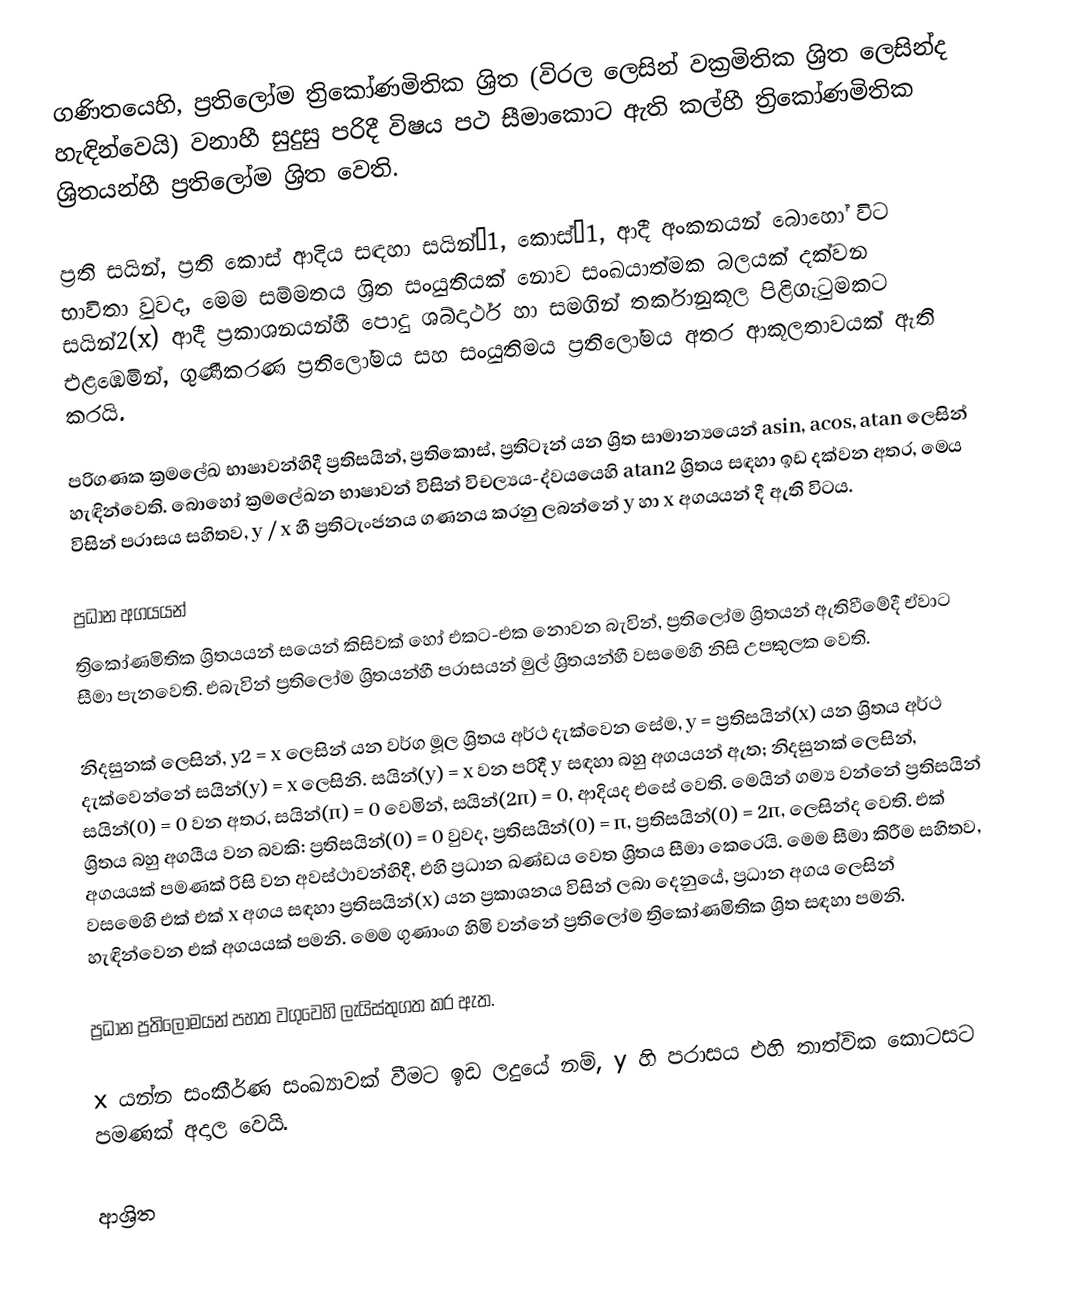
ගණිතයෙහි, ප්‍රතිලෝම ත්‍රිකෝණමිතික ශ්‍රිත (විරල ලෙසින් වක්‍රමිතික ශ්‍රිත  ලෙසින්ද හැඳින්වෙයි) වනාහී සුදුසු පරිදී විෂය පථ සීමාකොට ඇති කල්හී ත්‍රිකෝණමිතික ශ්‍රිතයන්හී ප්‍රතිලෝම ශ්‍රිත වෙති.

ප්‍රති සයින්, ප්‍රති කොස් ආදිය සඳහා සයින්−1, කොස්−1,  ආදී අංකනයන් බොහෝ විට භාවිතා වුවද, මෙම සම්මතය  ශ්‍රිත සංයුතියක් නොව සංඛයාත්මක බලයක් දක්වන සයින්2(x) ආදී ප්‍රකාශනයන්හී පොදු ශබ්දාර්ථ හා සමගින් තර්කානුකූල පිළිගැටුමකට එළඹෙමින්, ගුණීකරණ ප්‍රතිලෝමය සහ  සංයුතිමය  ප්‍රතිලෝමය අතර ආකූලතාවයක් ඇති කරයි.

පරිගණක ක්‍රමලේඛ භාෂාවන්හිදී ප්‍රතිසයින්, ප්‍රතිකොස්, ප්‍රතිටෑන් යන ශ්‍රිත සාමාන්‍යයෙන්  asin, acos, atan ලෙසින් හැඳින්වෙති.  බොහෝ ක්‍රමලේඛන භාෂාවන් විසින්  විචල්‍යය-ද්වයයෙහි  atan2 ශ්‍රිතය සඳහා ඉඩ දක්වන අතර, මෙය විසින්  පරාසය සහිතව,  y / x හී ප්‍රතිටැංජනය ගණනය කරනු ලබන්නේ y හා x අගයයන් දී ඇති විටය.

ප්‍රධාන අගයයන්
ත්‍රිකෝණමිතික ශ්‍රිතයයන් සයෙන් කිසිවක් හෝ එකට-එක නොවන බැවින්, ප්‍රතිලෝම ශ්‍රිතයන් ඇතිවීමේදී ඒවාට සීමා පැනවෙති. එබැවින් ප්‍රතිලෝම ශ්‍රිතයන්හී  පරාසයන් මුල් ශ්‍රිතයන්හී වසමෙහි නිසි  උපකුලක වෙති.

නිදසුනක් ලෙසින්, y2 = x ලෙසින්  යන  වර්ග මූල ශ්‍රිතය අර්ථ දැක්වෙන සේම, y = ප්‍රතිසයින්(x) යන ශ්‍රිතය අර්ථ දැක්වෙන්නේ සයින්(y) = x ලෙසිනි. සයින්(y) = x වන පරිදී y සඳහා බහු අගයයන් ඇත; නිදසුනක් ලෙසින්, සයින්(0) = 0 වන අතර, සයින්(π) = 0 වෙමින්, සයින්(2π) = 0, ආදියද එසේ වෙති. මෙයින් ගම්‍ය වන්නේ ප්‍රතිසයින් ශ්‍රිතය  බහු අගයීය වන බවකි: ප්‍රතිසයින්(0) = 0 වුවද, ප්‍රතිසයින්(0) = π, ප්‍රතිසයින්(0) = 2π, ලෙසින්ද වෙති. එක් අගයයක් පමණක් රිසි වන අවස්ථාවන්හිදී, එහි ප්‍රධාන ඛණ්ඩය වෙත ශ්‍රිතය සීමා කෙරෙයි. මෙම සීමා කිරීම සහිතව, වසමෙහි එක් එක් x අගය සඳහා  ප්‍රතිසයින්(x) යන ප්‍රකාශනය විසින් ලබා දෙනුයේ, ප්‍රධාන අගය ලෙසින් හැඳින්වෙන එක් අගයයක් පමනි. මෙම ගුණාංග හිමි වන්නේ ප්‍රතිලෝම ත්‍රිකෝණමිතික ශ්‍රිත සඳහා පමනි.

ප්‍රධාන ප්‍රතිලෝමයන් පහත වගුවෙහි ලැයිස්තුගත කර ඇත.

x යන්න සංකීර්ණ සංඛ්‍යාවක් වීමට ඉඩ ලදුයේ නම්, y හි පරාසය එහි තාත්වික කොටසට පමණක් අදාල වෙයි.

ආශ්‍රිත